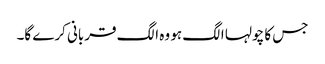
جس کا چولہا الگ ہو وہ الگ قربانی کرے گا۔